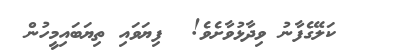
ކަލޭގެފާނު ވިދާޅުވާށެވެ!  ފިޔަވައި ތިޔަބައިމީހުން